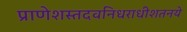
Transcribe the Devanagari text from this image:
प्राणेशस्तदवनिधराधीशतनये